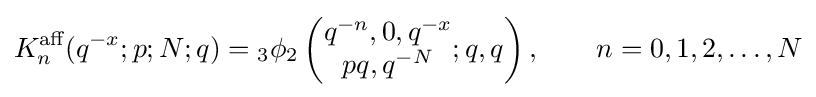
K_{n}^{\text{aff}}(q^{-x};p;N;q)={}_{3}\phi _{2}\left({\begin{matrix}q^{-n},0,q^{-x}\\pq,q^{-N}\end{matrix}};q,q\right),\qquad n=0,1,2,\ldots ,N